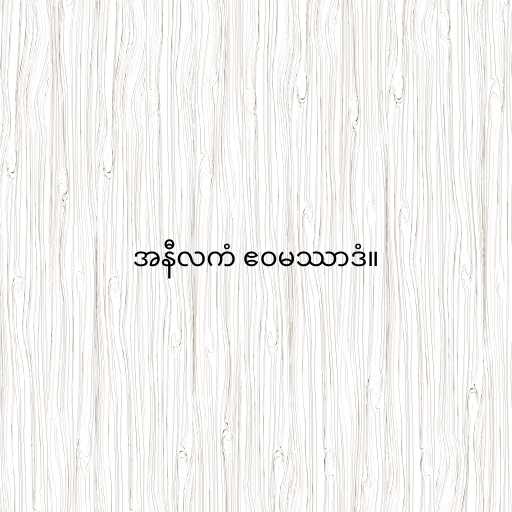
အနီလကံ ဧဝမဿာဒံ။